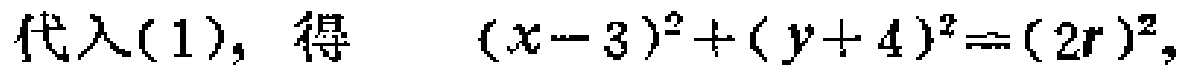
代入(1), 得 \((x - 3)^2 + (y + 4)^2 = (2r)^2\)